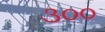
૩૦૦